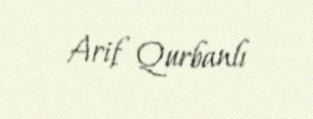
Arif Qurbanlı